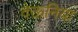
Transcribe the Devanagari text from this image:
देऊनिया